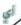
أي